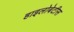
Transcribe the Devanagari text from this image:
हाइलोबेटीस